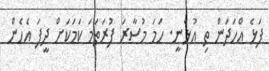
ފަޅެ އްހަދަން ތި އުޅެނީ. ހަމަ މުސާރަ ފުރަތަމަ ކަމަކަށް ދީފަ އެހެން